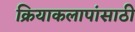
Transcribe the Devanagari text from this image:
क्रियाकलापांसाठी